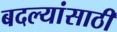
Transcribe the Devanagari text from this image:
बदल्यांसाठी